Vaccination in Bombay 1863-1868 - 1863-1868
Year: 1863
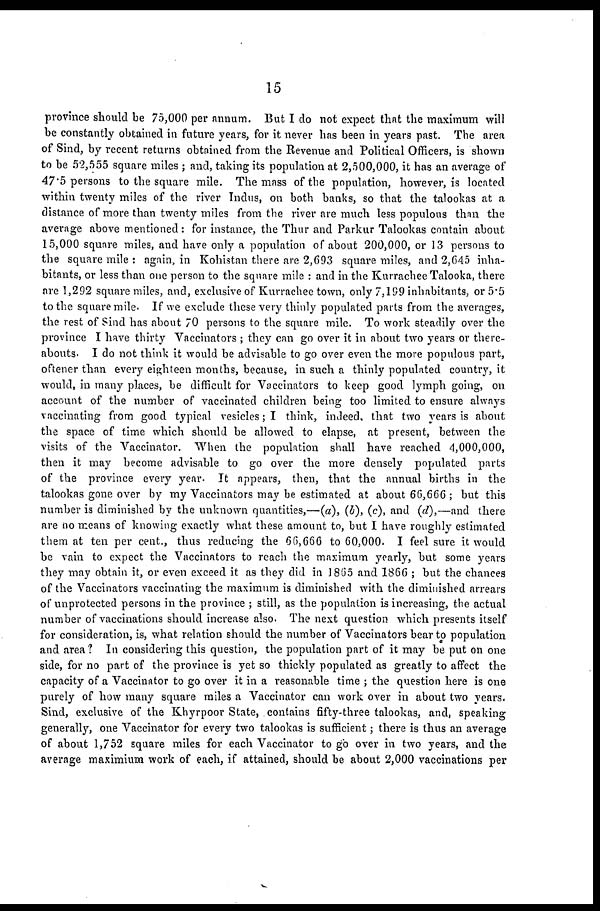
15
province should be 75,000 per annum. But I do not expect that the maximum will
be constantly obtained in future years, for it never has been in years past. The area
of Sind, by recent returns obtained from the Revenue and Political Officers, is shown
to be 52,555 square miles ; and, taking its population at 2,500,000, it has an average of
47.5 persons to the square mile. The mass of the population, however, is located
within twenty miles of the river Indus, on both banks, so that the talookas at a
distance of more than twenty miles from the river are much less populous than the
average above mentioned : for instance, the Thur and Parkur Talookas contain about
15,000 square miles, and have only a population of about 200,000, or 13 persons to
the square mile : again, in Kohistan there are 2,693 square miles, and 2,645 inha-
bitants, or less than one person to the square mile : and in the Kurrachee Talooka, there
are 1,292 square miles, and, exclusive of Kurrachee town, only 7,199 inhabitants, or 5.5
to the square mile. If we exclude these very thinly populated parts from the averages,
the rest of Sind has about 70 persons to the square mile. To work steadily over the
province I have thirty Vaccinators ; they can go over it in about two years or there-
abouts. I do not think it would be advisable to go over even the more populous part,
oftener than every eighteen months, because, in such a thinly populated country, it
would, in many places, be difficult for Vaccinators to keep good lymph going, on
account of the number of vaccinated children being too limited to ensure always
vaccinating from good typical vesicles; I think, indeed, that two years is about
the space of time which should be allowed to elapse, at present, between the
visits of the Vaccinator. When the population shall have reached 4,000,000,
then it may become advisable to go over the more densely populated parts
of the province every year. It appears, then, that the annual births in the
talookas gone over by my Vaccinators may be estimated at about 66,666 ; but this
number is diminished by the unknown quantities,—(a), (b), (c), and (d),—and there
are no means of knowing exactly what these amount to, but I have roughly estimated
them at ten per cent., thus reducing the 66,666 to 60,000. I feel sure it would
be vain to expect the Vaccinators to reach the maximum yearly, but some years
they may obtain it, or even exceed it as they did in 1865 and 1866 ; but the chances
of the Vaccinators vaccinating the maximum is diminished with the diminished arrears
of unprotected persons in the province ; still, as the population is increasing, the actual
number of vaccinations should increase also. The next question which presents itself
for consideration, is, what relation should the number of Vaccinators bear to population
and area? In considering this question, the population part of it may be put on one
side, for no part of the province is yet so thickly populated as greatly to affect the
capacity of a Vaccinator to go over it in a reasonable time ; the question here is one
purely of how many square miles a Vaccinator can work over in about two years.
Sind, exclusive of the Khyrpoor State, contains fifty-three talookas, and, speaking
generally, one Vaccinator for every two talookas is sufficient; there is thus an average
of about 1,752 square miles for each Vaccinator to go over in two years, and the
average maximium work of each, if attained, should be about 2,000 vaccinations per